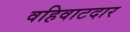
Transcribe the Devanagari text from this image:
वहिवाटदार